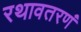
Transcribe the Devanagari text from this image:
रथावतरणं